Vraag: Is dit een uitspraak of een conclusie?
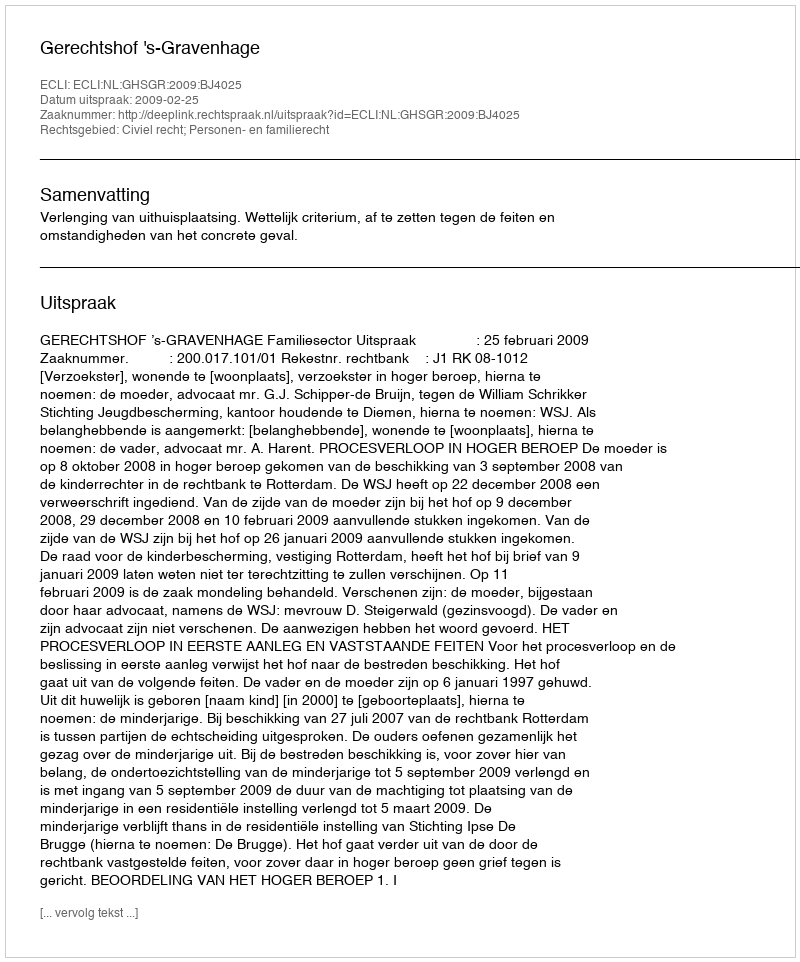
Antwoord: Uitspraak